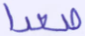
صعدا